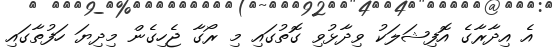
އެ އިދާރާގެ އޮފިޝަލަކު ވިދާޅުވި ގޮތުގައި މި ރޯގާ ޖެހިގެން މިދިޔަ ހަފުތާގައި